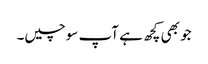
جو بھی کچھ ہے آپ سوچیں۔